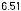
6.51